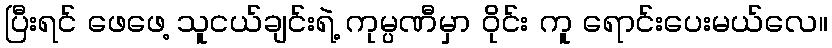
ပြီးရင် ဖေဖေ့ သူငယ်ချင်းရဲ့ ကုမ္ပဏီမှာ ဝိုင်း ကူ ရောင်းပေးမယ်လေ။